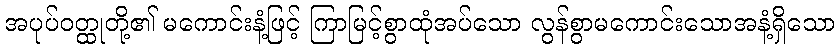
အပုပ်ဝတ္ထုတို့၏ မကောင်းနံ့ဖြင့် ကြာမြင့်စွာထုံအပ်သော လွန်စွာမကောင်းသောအနံ့ရှိသော